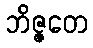
ဘိဇ္ဇတေ